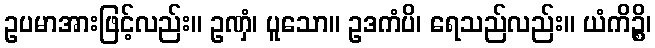
ဥပမာအားဖြင့်လည်း။ ဥဏှံ၊ ပူသော။ ဥဒကံပိ၊ ရေသည်လည်း။ ယံကိဉ္စိ၊